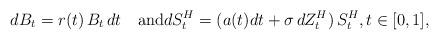
LaTeX: \begin{align*} dB_t=r(t)\,B_t\, dt\quad\textrm{and}dS_t^H=(a(t)dt+\sigma\,dZ^H_t)\, S_t^H,t\in[0,1],\end{align*}